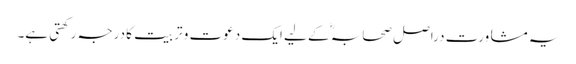
یہ مشاورت دراصل صحابہؓ کے لیے ایک دعوت و تربیت کا درجہ رکھتی ہے۔